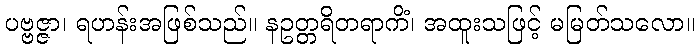
ပဗ္ဗဇ္ဇာ၊ ရဟန်းအဖြစ်သည်။ နဥတ္တရိတရာကိံ၊ အထူးသဖြင့် မမြတ်သလော။